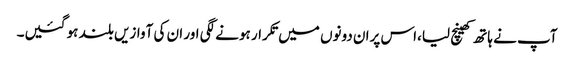
آپ نے ہاتھ کھینچ لیا،اس پران دونوں میں تکرار ہونے لگی اور ان کی آوازیں بلند ہو گئیں۔